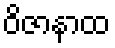
ဝိဇာနာထ